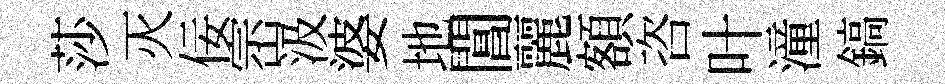
莎灭佞崈汲婆地閶麗額咨叶潼鎬